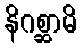
နိဂစ္ဆာမိ